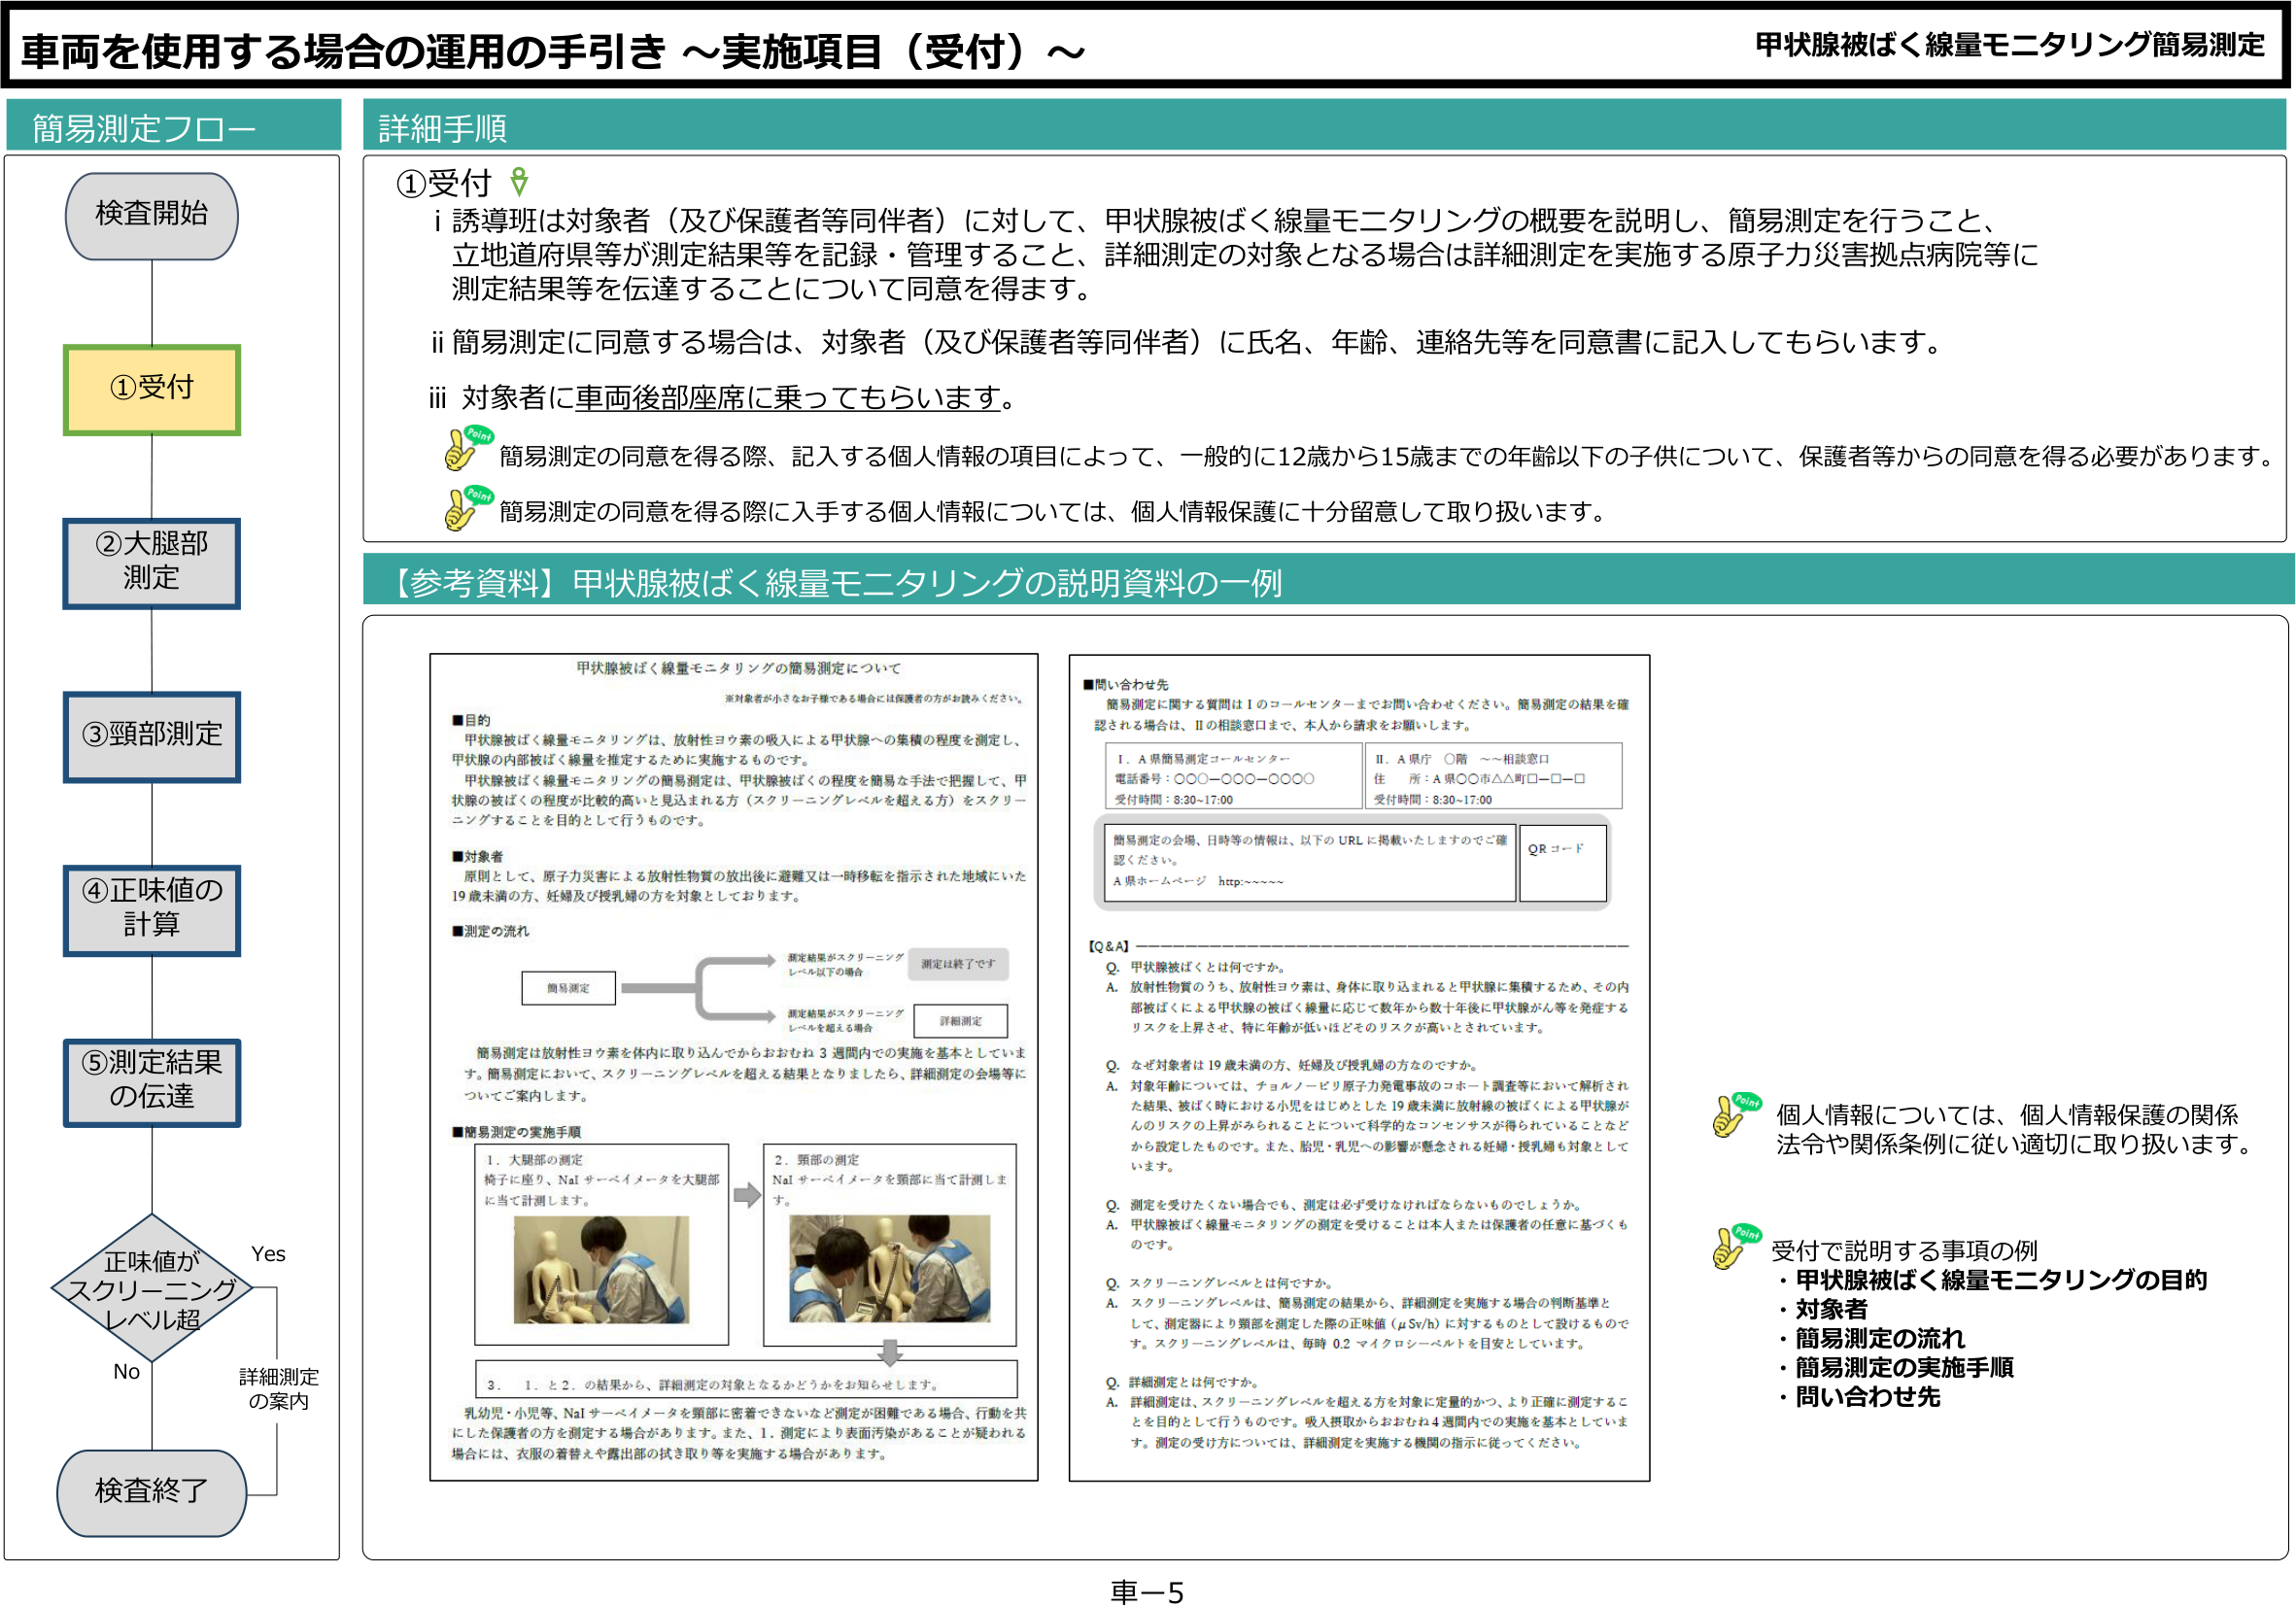
車両を使用する場合の運用の手引き ～実施項目（受付）～

簡易測定フロー

検査開始

①受付

②大腿部測定

③頸部測定

④正味値の計算

⑤測定結果の伝達

正味値がスクリーニングレベル超
Yes → 詳細測定の案内
No → 検査終了

詳細手順

①受付

i 誘導班は対象者（及び保護者等同伴者）に対して、甲状腺被ばく線量モニタリングの概要を説明し、簡易測定を行うこと、立地道府県等が測定結果等を記録・管理すること、詳細測定の対象となる場合は詳細測定を実施する原子力災害拠点病院等に測定結果等を伝達することについて同意を得ます。

ii 簡易測定に同意する場合は、対象者（及び保護者等同伴者）に氏名、年齢、連絡先等を同意書に記入してもらいます。

iii 対象者に車両後部座席に乗ってもらいます。

Point
簡易測定の同意を得る際、記入する個人情報の項目によって、一般的に12歳から15歳までの年齢以下の子供について、保護者等からの同意を得る必要があります。

Point
簡易測定の同意を得る際に入手する個人情報については、個人情報保護に十分留意して取り扱います。

【参考資料】甲状腺被ばく線量モニタリングの説明資料の一例

甲状腺被ばく線量モニタリングの簡易測定について
※対象者が小さなお子様である場合には保護者の方がお読みください。

■目的
甲状腺被ばく線量モニタリングは、放射性ヨウ素の吸入による甲状腺への集積の程度を測定し、甲状腺の内部被ばく線量を推定するために実施するものです。
甲状腺被ばく線量モニタリングの簡易測定は、甲状腺被ばくの程度を簡易な手法で把握して、甲状腺の被ばくの程度が比較的高いと見込まれる方（スクリーニングレベルを超える方）をスクリーニングすることを目的として行うものです。

■対象者
原則として、原子力災害による放射性物質の放出後に避難又は一時移転を指示された地域にいた19歳未満の方、妊婦及び授乳婦の方を対象としております。

■測定の流れ
簡易測定 → 測定結果がスクリーニングレベル以下の場合 → 測定は終了です
　　　　　　→ 測定結果がスクリーニングレベルを超える場合 → 詳細測定

簡易測定は放射性ヨウ素を体内に取り込んでからおおむね3週間以内での実施を基本としています。簡易測定において、スクリーニングレベルを超える結果となりましたら、詳細測定の会場等についてご案内します。

■簡易測定の実施手順
1. 大腿部の測定
椅子に座り、NaIサーベイメータを大腿部に当てて計測します。
（図：人物が椅子に座り、測定器を太ももに当てている様子）

2. 頸部の測定
NaIサーベイメータを頸部に当てて計測します。
（図：人物が椅子に座り、測定器を首に当てている様子）

3. 1. と 2. の結果から、詳細測定の対象となるかどうかをお知らせします。

乳幼児・小児等、NaIサーベイメータを頸部に密着できないなど測定が困難である場合、行動を共にした保護者の方を測定する場合があります。また、1. 測定により表面汚染があることが疑われる場合には、衣服の着替えや露出部の拭き取り等を実施する場合があります。

■問い合わせ先
簡易測定に関する質問はⅠのコールセンターまでお問い合わせください。簡易測定の結果を確認される場合は、Ⅱの相談窓口まで、本人から請求をお願いします。

Ⅰ. A県簡易測定コールセンター
電話番号：○○○－○○○－○○○○
受付時間：8:30－17:00

Ⅱ. A県庁 ○階 ～相談窓口
住 所：A県○○市△△町□－□－□
受付時間：8:30－17:00

簡易測定の会場、日時等の情報は、以下のURLに掲載いたしますのでご確認ください。
A県ホームページ http:~~~~

QRコード

【Q&A】

Q. 甲状腺被ばくとは何ですか。
A. 放射性物質のうち、放射性ヨウ素は、身体に取り込まれると甲状腺に集積するため、その内部被ばくによる甲状腺の被ばく線量に応じて数年から数十年後に甲状腺がん等を発症するリスクを上昇させ、特に年齢が低いほどそのリスクが高いとされています。

Q. なぜ対象者は19歳未満の方、妊婦及び授乳婦の方なのですか。
A. 対象年齢については、チョルノービリ原子力発電事故のコホート調査等において解析された結果、被ばく時における小児をはじめとした19歳未満に放射線の被ばくによる甲状腺がんのリスクの上昇がみられることについて科学的なコンセンサスが得られていることなどから設定したものです。また、胎児・乳児への影響が懸念される妊婦・授乳婦も対象としています。

Q. 測定を受けたくない場合でも、測定は必ず受けなければならないものでしょうか。
A. 甲状腺被ばく線量モニタリングの測定を受けることは本人または保護者の任意に基づくものです。

Q. スクリーニングレベルとは何ですか。
A. スクリーニングレベルは、簡易測定の結果から、詳細測定を実施する場合の判断基準として、測定器により頸部を測定した際の正味値（μSv/h）に対するものとして設けたものです。スクリーニングレベルは、毎時0.2マイクロシーベルトを目安としています。

Q. 詳細測定とは何ですか。
A. 詳細測定は、スクリーニングレベルを超える方を対象に定量的かつ、より正確に測定することを目的として行うものです。吸入摂取からおおむね4週間以内での実施を基本としています。測定の受け方については、詳細測定を実施する機関の指示に従ってください。

Point
個人情報については、個人情報保護の関係法令や関係条例に従い適切に取り扱います。

Point
受付で説明する事項の例
・甲状腺被ばく線量モニタリングの目的
・対象者
・簡易測定の流れ
・簡易測定の実施手順
・問い合わせ先

車－5

甲状腺被ばく線量モニタリング簡易測定